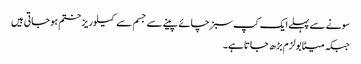
سونے سے پہلے ایک کپ سبز چائے پینے سے جسم سے کیلوریز ختم ہو جاتی ہیں
جبکہ میٹابولزم بڑھ جاتا ہے۔